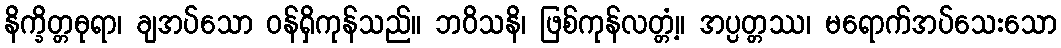
နိက္ခိတ္တဓုရာ၊ ချအပ်သော ဝန်ရှိကုန်သည်။ ဘဝိသနိ၊ ဖြစ်ကုန်လတ္တံ့။ အပ္ပတ္တဿ၊ မရောက်အပ်သေးသော